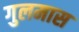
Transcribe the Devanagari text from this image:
गुलमास